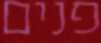
פנים